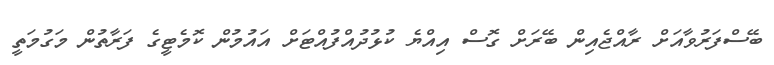
ބޭސްފަރުވާއަށް ރާއްޖެއިން ބޭރަށް ގޮސް އިއްޔެ ކުޅުދުއްފުއްޓަށް އައުމުން ކޮމެޓީގެ ފަރާތުން މަގުމަތީ